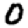
Digit: 0